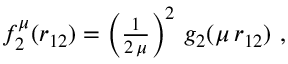
\begin{array} { r } { f _ { 2 } ^ { \mu } ( r _ { 1 2 } ) = \left( \frac { 1 } { 2 \, \mu } \right) ^ { 2 } \, g _ { 2 } ( \mu \, r _ { 1 2 } ) \mathrm { ~ , ~ } } \end{array}